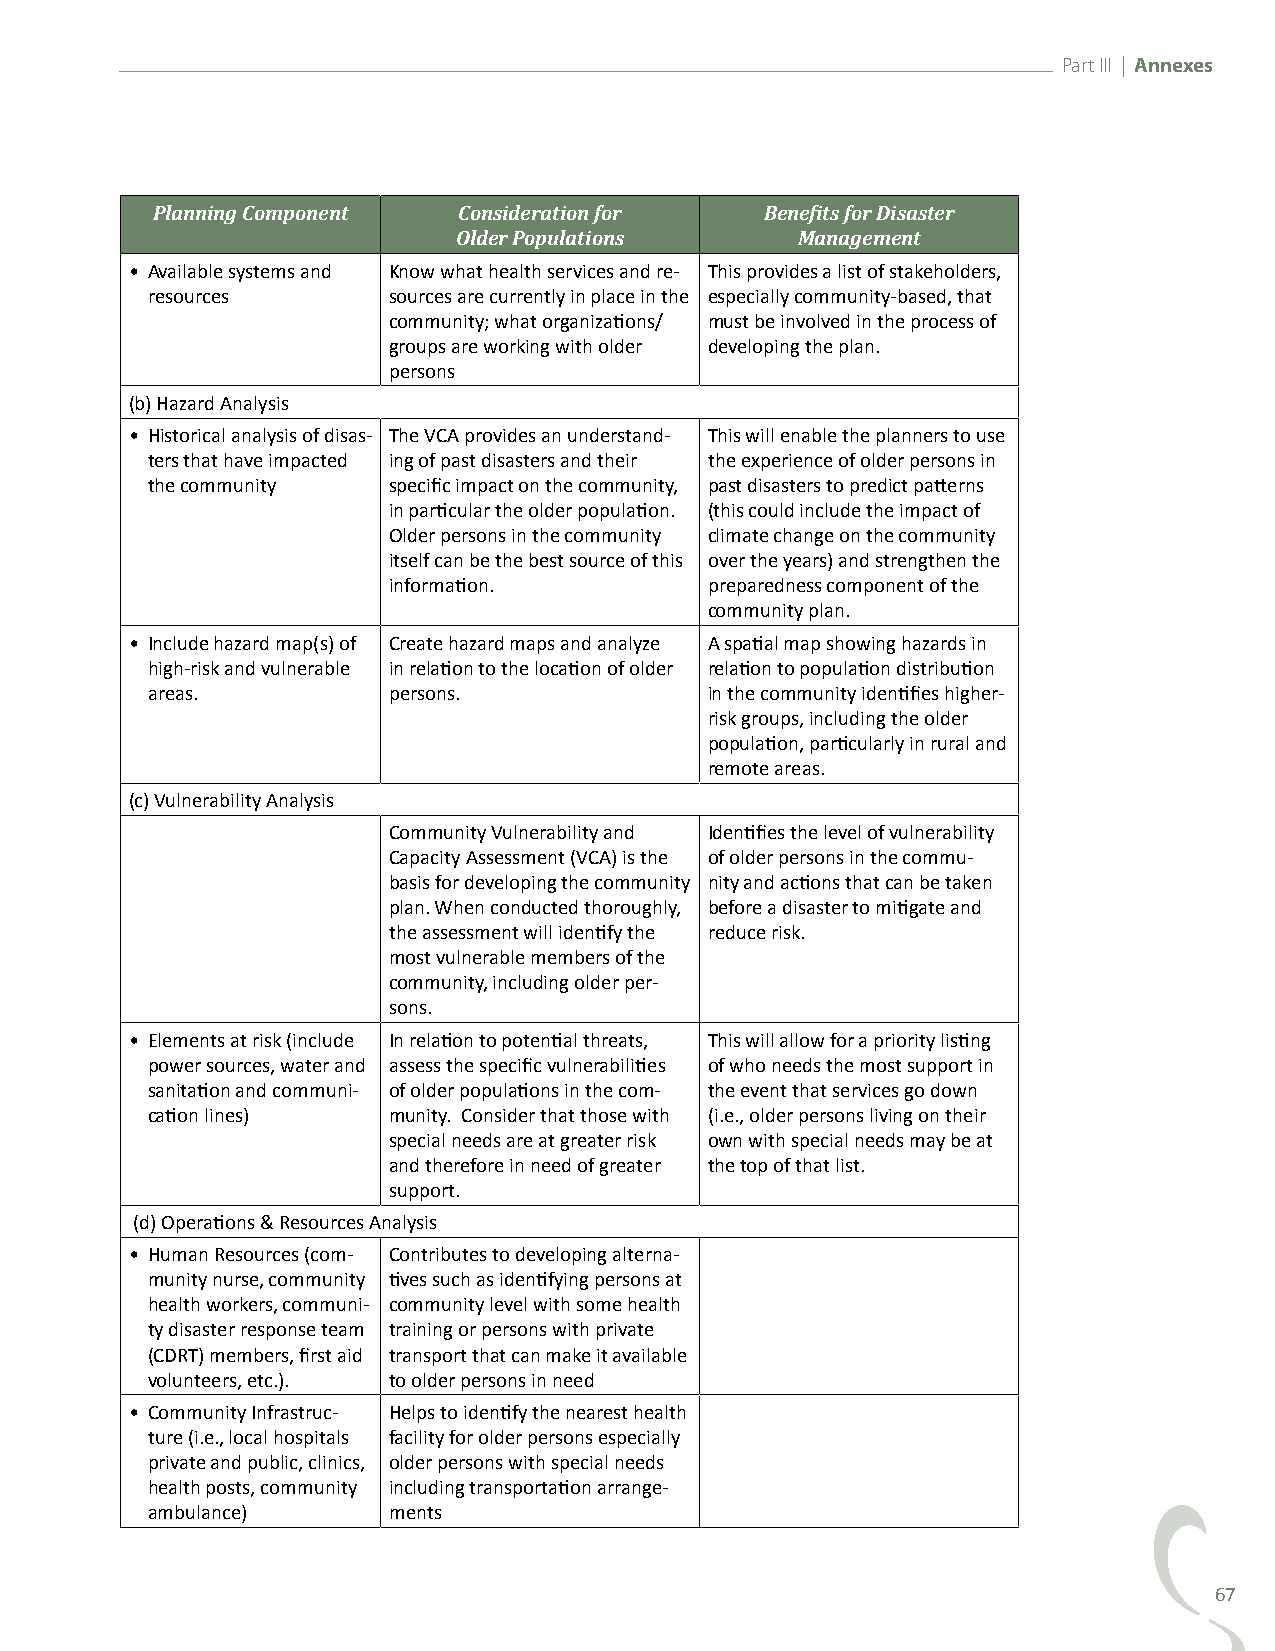
Part III | Annexes
 Planning Component  Consideration for    Benefits for Disaster
 Older Populations      Management
 • Available systems and Know what health services and re- This provides a list of stakeholders,
 resources       sources are currently in place in the especially community-based, that
 community; what organizations/ must be involved in the process of
 groups are working with older developing the plan.
 persons
 (b) Hazard Analysis
 • Historical analysis of disas- The VCA provides an understand- This will enable the planners to use
 ters that have impacted ing of past disasters and their the experience of older persons in
 the community   specific impact on the community, past disasters to predict patterns
 in particular the older population. (this could include the impact of
 Older persons in the community climate change on the community
 itself can be the best source of this over the years) and strengthen the
 information.         preparedness component of the
 community plan.
 • Include hazard map(s) of Create hazard maps and analyze A spatial map showing hazards in
 high-risk and vulnerable in relation to the location of older relation to population distribution
 areas.          persons.             in the community identifies higher-
 risk groups, including the older
 population, particularly in rural and
 remote areas.
 (c) Vulnerability Analysis
 Community Vulnerability and Identifies the level of vulnerability
 Capacity Assessment (VCA) is the of older persons in the commu-
 basis for developing the community nity and actions that can be taken
 plan. When conducted thoroughly, before a disaster to mitigate and
 the assessment will identify the reduce risk.
 most vulnerable members of the
 community, including older per-
 sons.
 • Elements at risk (include In relation to potential threats, This will allow for a priority listing
 power sources, water and assess the specific vulnerabilities of who needs the most support in
 sanitation and communi- of older populations in the com- the event that services go down
 cation lines)   munity. Consider that those with (i.e., older persons living on their
 special needs are at greater risk own with special needs may be at
 and therefore in need of greater the top of that list.
 support.
 (d) Operations & Resources Analysis
 • Human Resources (com- Contributes to developing alterna-
 munity nurse, community tives such as identifying persons at
 health workers, communi- community level with some health
 ty disaster response team training or persons with private
 (CDRT) members, first aid transport that can make it available
 volunteers, etc.). to older persons in need
 • Community Infrastruc- Helps to identify the nearest health
 ture (i.e., local hospitals facility for older persons especially
 private and public, clinics, older persons with special needs
 health posts, community including transportation arrange-
 ambulance)      ments
 67